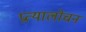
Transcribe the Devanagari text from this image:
प्रत्यालोचन